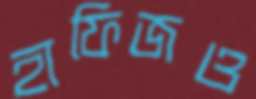
হাফিজও